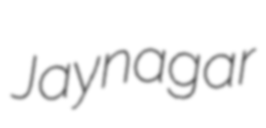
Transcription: Jaynagar